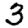
Digit: 3